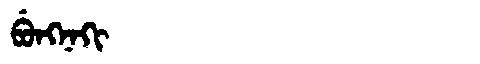
Manchu: ᠪᡠᠩᠨᠠᡴᡳ
Romanization: BUNGNAKI